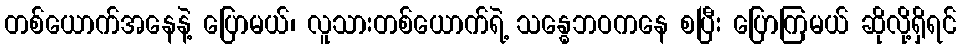
တစ်ယောက်အနေနဲ့ ပြောမယ်၊ လူသားတစ်ယောက်ရဲ့ သန္ဓေဘဝကနေ စပြီး ပြောကြမယ် ဆိုလို့ရှိရင်